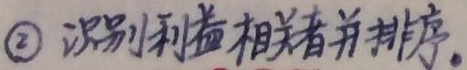
\textcircled{2} 识别利益相关者并排序。